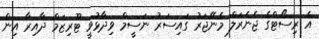
އެ ރިސޯޓްގެ ޖެނެރަލް މެނޭޖަރު ގައިސަރު ނަސީމް ވިދާޅުވީ ޓޫރިޒަމް ދާއިރާ އިން